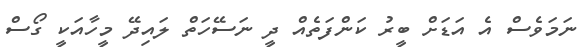
ނަމަވެސް އެ އަޑަށް ބީރު ކަންފަތެއް ދީ ނަސޭހަތް ލައިދޭ މީހާއަކީ ގޯސް